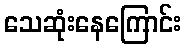
သေဆုံးနေကြောင်း